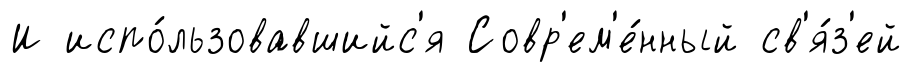
И испо́льзовавшийс'я Совр'ем'е́нный св'я́з'ей